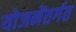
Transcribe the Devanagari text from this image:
योजनेंतर्गत